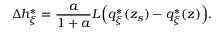
\Delta h _ { \xi } ^ { * } = \frac { a } { 1 + a } L \Big ( q _ { \xi } ^ { * } ( z _ { s } ) - q _ { \xi } ^ { * } ( z ) \Big ) .